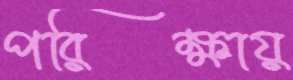
পরিক্ষায়